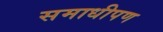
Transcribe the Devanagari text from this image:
समाधीपण